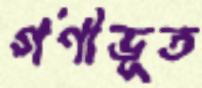
গণীভূত